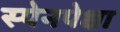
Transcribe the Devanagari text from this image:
स्पेनपेक्षा